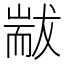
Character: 𦓗